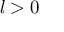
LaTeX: { \mathit { l } } _ { } ^ { } > 0